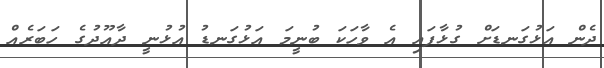
ދެން އަޅުގަނޑަށް ގުޅާފައި އެ ވާހަކަ ބުނީމަ އަޅުގަނޑު އުޅުނީ ދާއޫދުގެ ހަބަރެއް